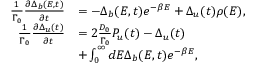
\begin{array} { r l } { \frac { 1 } { \Gamma _ { 0 } } \frac { \partial \Delta _ { b } ( E , t ) } { \partial t } } & { = - \Delta _ { b } ( E , t ) e ^ { - \beta E } + \Delta _ { u } ( t ) \rho ( E ) , } \\ { \frac { 1 } { \Gamma _ { 0 } } \frac { \partial \Delta _ { u } ( t ) } { \partial t } } & { = 2 \frac { D _ { 0 } } { \Gamma _ { 0 } } P _ { u } ( t ) - \Delta _ { u } ( t ) } \\ & { + \int _ { 0 } ^ { \infty } d E \Delta _ { b } ( E , t ) e ^ { - \beta E } , } \end{array}